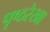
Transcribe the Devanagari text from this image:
पृष्ठरेखा